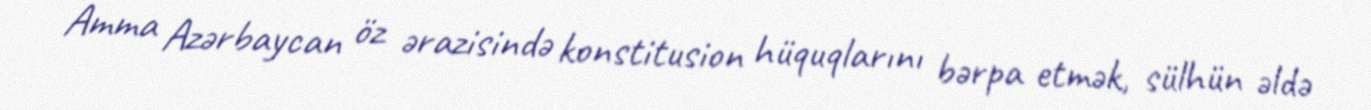
Amma Azərbaycan öz ərazisində konstitusion hüquqlarını bərpa etmək, sülhün əldə